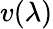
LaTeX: v(\lambda)